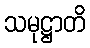
သမုဋ္ဌာတိ